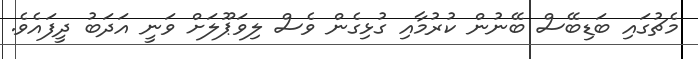
މެޗުގައި ބަޑިބޭސް ބޭނުން ކުރުމާއި ގުޅިގެން ވެސް ލިވަޕޫލަށް ވަނީ އަދަބު ދީފައެވެ.